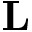
{ \bf L }